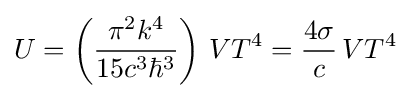
U=\left({\frac {\pi ^{2}k^{4}}{15c^{3}\hbar ^{3}}}\right)\,VT^{4}={\frac {4\sigma }{c}}\,VT^{4}